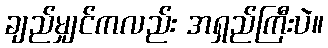
ချည်မျှင်ကလည်း အရှည်ကြီးပဲ။